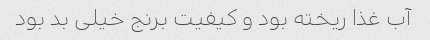
آب غذا ریخته بود و کیفیت برنج خیلی بد بود